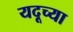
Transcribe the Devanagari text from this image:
यदूच्या